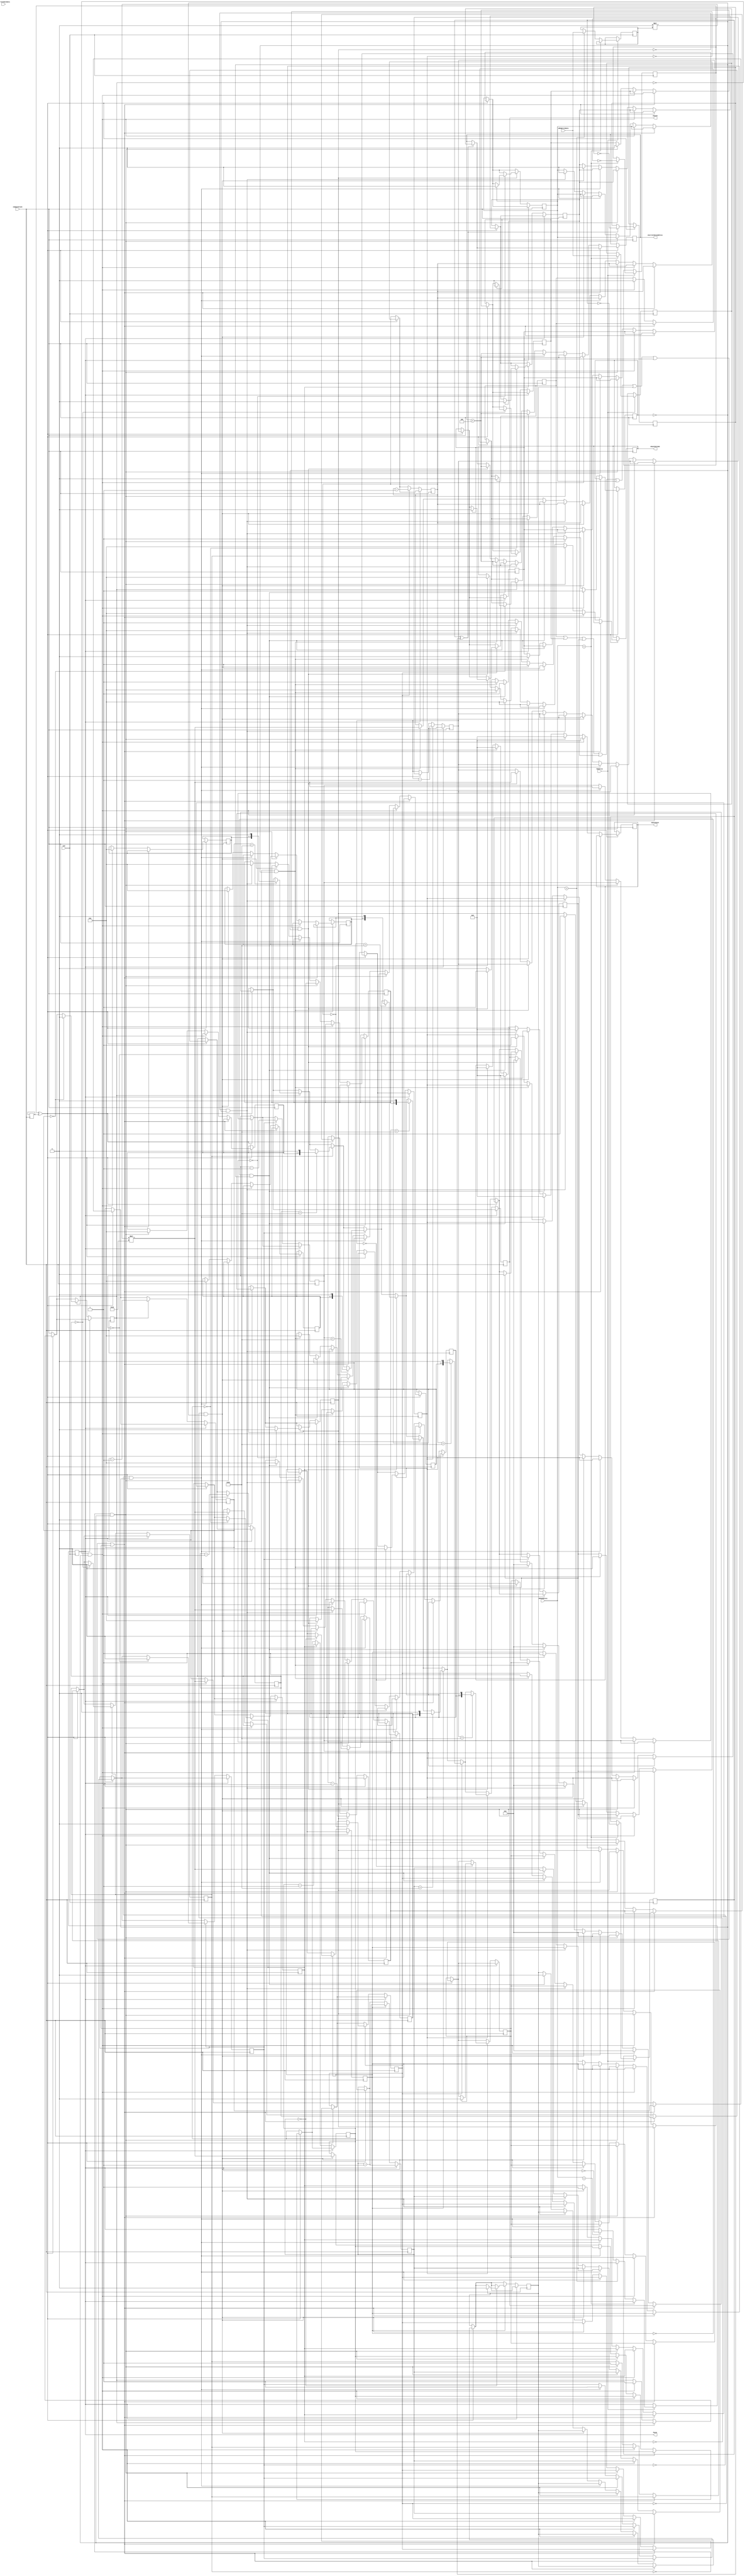
module SynthControl(
	input CLK,
	input iSampleClock,
	input MemWrite,
	input [31:0] wMemAddress,
	input [31:0] wMemWriteData,
	input [31:0] iCurrentNoteData,
	output [31:0] oCurrentNoteAddress,
	output [7:0] oSynth,
	output [6:0] oSynthVolume,
	output [3:0] oSynthInst,
	output Pause
);

reg [31:0] currentAddress;
wire [31:0] iData;						// Dados da word que contem a nota a ser tocada
reg [5:0] ConversionMilliseconds;	// Conversor de clock para milisegundos em funcao de AUD_DACLRCK
reg Allocated;								// Registrador true para nota alocada, false para nota nao alocada
reg [31:0] MusicAddress;
reg [31:0] MusicTempo;


reg [31:0] counter [0:7];				// Contador para cada canal
reg occupied [0:7];						// Registrador true para canal ocupado e false para canal nao ocupado
reg [6:0] pitch [0:7];					// Registrador que guarda o pitch da nota alocada no canal
reg melody [0:7];
reg Play, Stop, regBegin, regDacapo;							// Registrador que guarda se a nota = melodia (blocante)
reg SynthMelody;

initial
	begin
	iData <= 32'b0;
	oSynth <= 8'b0;
	oSynthVolume <= 7'b0;
	oSynthInst <= 4'b0;
	regBegin <= 1'b0;
	regDacapo <= 1'b0;
	MusicTempo <= 32'b0;
	currentAddress <= 32'b0;
	Play <= 1'b0;
	Stop <= 1'b0;
	Pause <= 1'b0;
	ConversionMilliseconds <= 6'd96;		//48	// NOTE: O Quartus trunca o valor para 6 bits. Reescrever o assignment?
	occupied[0]	<= 1'b0;
	occupied[1]	<= 1'b0;
	occupied[2]	<= 1'b0;
	occupied[3]	<= 1'b0;
	occupied[4]	<= 1'b0;
	occupied[5]	<= 1'b0;
	occupied[6]	<= 1'b0;
	occupied[7]	<= 1'b0;

	melody[0]	<= 1'b0;
	melody[1]	<= 1'b0;
	melody[2]	<= 1'b0;
	melody[3]	<= 1'b0;
	melody[4]	<= 1'b0;
	melody[5]	<= 1'b0;
	melody[6]	<= 1'b0;
	melody[7]	<= 1'b0;
	end

assign iData = iCurrentNoteData;
assign oCurrentNoteAddress = currentAddress;
assign SynthMelody = (melody[0] || melody[1] || melody[2] || melody[3] || melody[4] || melody[5] || melody[6] || melody[7]);


always @(posedge CLK)
		if(MemWrite) //Escrita no dispositivo de Audio
			begin
				if(wMemAddress == MUSIC_ADDRESS) begin
						MusicAddress <= wMemWriteData;
						Play <= ~Play;
						regBegin <= ~regBegin;
				end
				else
				if(wMemAddress == MUSIC_TEMPO_ADDRESS) begin
						MusicTempo <= wMemWriteData;
				end
				else
				if(wMemAddress == PAUSE_ADDRESS) begin
						Pause <= ~Pause;
				end
			end


always @(posedge iSampleClock) begin
	if (Play ^ Stop) begin
		if (regBegin ^ regDacapo) begin
			regDacapo <= ~regDacapo;
			currentAddress <= MusicAddress;
		end

		if (SynthMelody == 1'b0) begin
			Allocated <= 1'b0;
			if (occupied[0] == 1'b0 && Allocated == 1'b0) begin
				occupied[0] <= 1'b1;
				pitch[0] <= iData[16:10];
				counter[0] <= (((iData[7:4]) + (iData[3] * 1/2) + (iData[2] * 1/4) + (iData[1] * 1/8) + (iData[0] * 1/16)) * MusicTempo * ConversionMilliseconds);
				melody[0] <= iData[28];
				if (iData[23:17] == 7'b0) begin
					oSynth <= {iData[16:10], 1'b0};
				end
				else begin
					oSynth <= {iData[16:10], 1'b1};
				end
				oSynthVolume <= iData[23:17];
				oSynthInst <= iData[27:24];
				Allocated <= 1'b1;
				if (iData[8] == 1'b1) begin
					regDacapo <= ~regDacapo;
				end
				else begin
					if (iData[9] == 1'b1) begin
					Stop <= ~Stop;
					end
					else currentAddress <= currentAddress + 32'd4;
				end
			end
			else begin
				if (occupied[1] == 1'b0 && Allocated == 1'b0) begin
					occupied[1] <= 1'b1;
					pitch[1] <= iData[16:10];
					counter[1] <=  (((iData[7:4]) + (iData[3] * 1/2) + (iData[2] * 1/4) + (iData[1] * 1/8) + (iData[0] * 1/16)) * MusicTempo * ConversionMilliseconds);
					melody[1] <= iData[28];
					if (iData[23:17] == 7'b0) begin
						oSynth <= {iData[16:10], 1'b0};
					end
					else begin
						oSynth <= {iData[16:10], 1'b1};
					end
					oSynthVolume <= iData[23:17];
					oSynthInst <= iData[27:24];
					Allocated <= 1'b1;
					if (iData[8] == 1'b1) begin
						regDacapo <= ~regDacapo;
					end
					else begin
						if (iData[9] == 1'b1) begin
						Stop <= ~Stop;
						end
						else currentAddress <= currentAddress + 32'd4;
					end
				end
				else begin
					if (occupied[2] == 1'b0 && Allocated == 1'b0) begin
						occupied[2] <= 1'b1;
						pitch[2] <= iData[16:10];
						counter[2] <=  (((iData[7:4]) + (iData[3] * 1/2) + (iData[2] * 1/4) + (iData[1] * 1/8) + (iData[0] * 1/16)) * MusicTempo * ConversionMilliseconds);
						melody[2] <= iData[28];
						if (iData[23:17] == 7'b0) begin
							oSynth <= {iData[16:10], 1'b0};
						end
						else begin
							oSynth <= {iData[16:10], 1'b1};
						end
						oSynthVolume <= iData[23:17];
						oSynthInst <= iData[27:24];
						Allocated <= 1'b1;
						if (iData[8] == 1'b1) begin
							regDacapo <= ~regDacapo;
						end
						else begin
							if (iData[9] == 1'b1) begin
							Stop <= ~Stop;
							end
							else currentAddress <= currentAddress + 32'd4;
						end
					end
					else begin
						if (occupied[3] == 1'b0 && Allocated == 1'b0) begin
							occupied[3] <= 1'b1;
							pitch[3] <= iData[16:10];
							counter[3] <=  (((iData[7:4]) + (iData[3] * 1/2) + (iData[2] * 1/4) + (iData[1] * 1/8) + (iData[0] * 1/16)) * MusicTempo * ConversionMilliseconds);
							melody[3] <= iData[28];
							if (iData[23:17] == 7'b0) begin
								oSynth <= {iData[16:10], 1'b0};
							end
							else begin
								oSynth <= {iData[16:10], 1'b1};
							end
							oSynthVolume <= iData[23:17];
							oSynthInst <= iData[27:24];
							Allocated <= 1'b1;
							if (iData[8] == 1'b1) begin
								regDacapo <= ~regDacapo;
							end
							else begin
								if (iData[9] == 1'b1) begin
								Stop <= ~Stop;
								end
								else currentAddress <= currentAddress + 32'd4;
							end
						end
						else begin
							if (occupied[4] == 1'b0 && Allocated == 1'b0) begin
								occupied[4] <= 1'b1;
								pitch[4] <= iData[16:10];
								counter[4] <=  (((iData[7:4]) + (iData[3] * 1/2) + (iData[2] * 1/4) + (iData[1] * 1/8) + (iData[0] * 1/16)) * MusicTempo * ConversionMilliseconds);
								melody[4] <= iData[28];
								if (iData[23:17] == 7'b0) begin
									oSynth <= {iData[16:10], 1'b0};
								end
								else begin
									oSynth <= {iData[16:10], 1'b1};
								end
								oSynthVolume <= iData[23:17];
								oSynthInst <= iData[27:24];
								Allocated <= 1'b1;
								if (iData[8] == 1'b1) begin
									regDacapo <= ~regDacapo;
								end
								else begin
									if (iData[9] == 1'b1) begin
									Stop <= ~Stop;
									end
									else currentAddress <= currentAddress + 32'd4;
								end
							end
							else begin
								if (occupied[5] == 1'b0 && Allocated == 1'b0) begin
									occupied[5] <= 1'b1;
									pitch[5] <= iData[16:10];
									counter[5] <=  (((iData[7:4]) + (iData[3] * 1/2) + (iData[2] * 1/4) + (iData[1] * 1/8) + (iData[0] * 1/16)) * MusicTempo * ConversionMilliseconds);
									melody[5] <= iData[28];
									if (iData[23:17] == 7'b0) begin
										oSynth <= {iData[16:10], 1'b0};
									end
									else begin
										oSynth <= {iData[16:10], 1'b1};
									end
									oSynthVolume <= iData[23:17];
									oSynthInst <= iData[27:24];
									Allocated <= 1'b1;
									if (iData[8] == 1'b1) begin
										regDacapo <= ~regDacapo;
									end
									else begin
										if (iData[9] == 1'b1) begin
										Stop <= ~Stop;
										end
										else currentAddress <= currentAddress + 32'd4;
									end
								end
								else begin
									if (occupied[6] == 1'b0 && Allocated == 1'b0) begin
										occupied[6] <= 1'b1;
										pitch[6] <= iData[16:10];
										counter[6] <=  (((iData[7:4]) + (iData[3] * 1/2) + (iData[2] * 1/4) + (iData[1] * 1/8) + (iData[0] * 1/16)) * MusicTempo * ConversionMilliseconds);
										melody[6] <= iData[28];
										if (iData[23:17] == 7'b0) begin
											oSynth <= {iData[16:10], 1'b0};
										end
										else begin
											oSynth <= {iData[16:10], 1'b1};
										end
										oSynthVolume <= iData[23:17];
										oSynthInst <= iData[27:24];
										Allocated <= 1'b1;
										if (iData[8] == 1'b1) begin
											regDacapo <= ~regDacapo;
										end
										else begin
											if (iData[9] == 1'b1) begin
											Stop <= ~Stop;
											end
											else currentAddress <= currentAddress + 32'd4;
										end
									end
									else begin
										if (occupied[7] == 1'b0 && Allocated == 1'b0) begin
											occupied[7] <= 1'b1;
											pitch[7] <= iData[16:10];
											counter[7] <=  (((iData[7:4]) + (iData[3] * 1/2) + (iData[2] * 1/4) + (iData[1] * 1/8) + (iData[0] * 1/16)) * MusicTempo * ConversionMilliseconds);
											melody[7] <= iData[28];
											if (iData[23:17] == 7'b0) begin
												oSynth <= {iData[16:10], 1'b0};
											end
											else begin
												oSynth <= {iData[16:10], 1'b1};
											end
											oSynthVolume <= iData[23:17];
											oSynthInst <= iData[27:24];
											Allocated <= 1'b1;
											if (iData[8] == 1'b1) begin
												regDacapo <= ~regDacapo;
											end
											else begin
												if (iData[9] == 1'b1) begin
												Stop <= ~Stop;
												end
												else currentAddress <= currentAddress + 32'd4;
											end
										end
									end
								end
							end
						end
					end
				end
			end
		end
	end
	if (Pause == 1'b0) begin
		if (occupied[0] == 1'b1) begin
			if (counter[0] == 32'd96) begin
				oSynth 		<= {pitch[0], 1'b0};
			end
			if (counter[0] == 32'b0) begin
				occupied[0] <= 1'b0;
				if (melody[0] == 1'b1) begin
					melody[0] <= 1'b0;
				end
			end
			counter[0] <= counter[0] - 1'b1;
		end
		if (occupied[1] == 1'b1) begin
			if (counter[1] == 32'd96) begin
				oSynth 		<= {pitch[1], 1'b0};
			end
			if (counter[1] == 32'b0) begin
				occupied[1] <= 1'b0;
				if (melody[1] == 1'b1) begin
					melody[1] <= 1'b0;
				end
			end
			counter[1] <= counter[1] - 1'b1;
		end
		if (occupied[2] == 1'b1) begin
			if (counter[2] == 32'd96) begin
				oSynth 		<= {pitch[2], 1'b0};
			end
			if (counter[2] == 32'b0) begin
				occupied[2] <= 1'b0;
				if (melody[2] == 1'b1) begin
					melody[2] <= 1'b0;
				end
			end
			counter[2] <= counter[2] - 1'b1;
		end
		if (occupied[3] == 1'b1) begin
			if (counter[3] == 32'd96) begin
				oSynth 		<= {pitch[3], 1'b0};
			end
			if (counter[3] == 32'b0) begin
				occupied[3] <= 1'b0;
				if (melody[3] == 1'b1) begin
					melody[3] <= 1'b0;
				end
			end
			counter[3] <= counter[3] - 1'b1;
		end
		if (occupied[4] == 1'b1) begin
			if (counter[4] == 32'd96) begin
				oSynth 		<= {pitch[4], 1'b0};
			end
			if (counter[4] == 32'b0) begin
				occupied[4] <= 1'b0;
				if (melody[4] == 1'b1) begin
					melody[4] <= 1'b0;
				end
			end
			counter[4] <= counter[4] - 1'b1;
		end
		if (occupied[5] == 1'b1) begin
			if (counter[5] == 32'd96) begin
				oSynth 		<= {pitch[5], 1'b0};
			end
			if (counter[5] == 32'b0) begin
				occupied[5] <= 1'b0;
				if (melody[5] == 1'b1) begin
					melody[5] <= 1'b0;
				end
			end
			counter[5] <= counter[5] - 1'b1;
		end
		if (occupied[6] == 1'b1) begin
			if (counter[6] == 32'd96) begin
				oSynth 		<= {pitch[6], 1'b0};
			end
			if (counter[6] == 32'b0) begin
				occupied[6] <= 1'b0;
				if (melody[6] == 1'b1) begin
					melody[6] <= 1'b0;
				end
			end
			counter[6] <= counter[6] - 1'b1;
		end
		if (occupied[7] == 1'b1) begin
			if (counter[7] == 32'd96) begin
				oSynth 		<= {pitch[7], 1'b0};
			end
			if (counter[7] == 32'b0) begin
				occupied[7] <= 1'b0;
				if (melody[7] == 1'b1) begin
					melody[7] <= 1'b0;
				end
			end
			counter[7] <= counter[7] - 1'b1;
		end
	end
end

endmodule